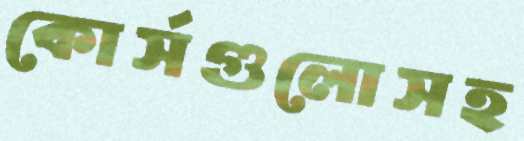
কোর্সগুলোসহ